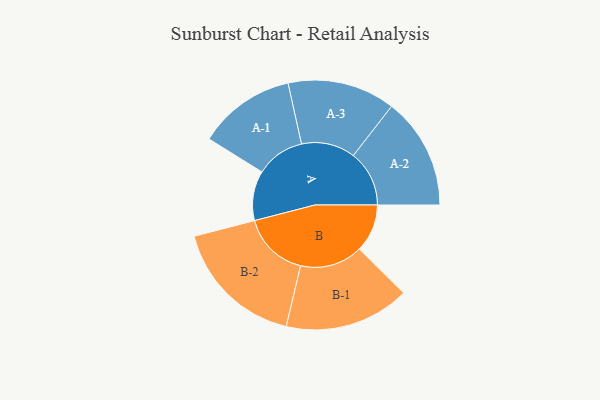
{"axis": {"x": "Segment", "y": "Value"}, "legend": ["", "A", "B"], "data": [{"x": "A", "y": 168, "type": ""}, {"x": "B", "y": 162, "type": ""}, {"x": "A-1", "y": 165, "type": "A"}, {"x": "A-2", "y": 189, "type": "A"}, {"x": "A-3", "y": 182, "type": "A"}, {"x": "B-1", "y": 212, "type": "B"}, {"x": "B-2", "y": 225, "type": "B"}]}